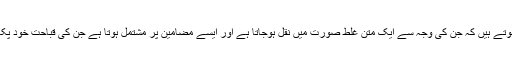
سند کے قوی اور قابل اعتماد ہونے کے باوجود بھی ایسے اسباب ہوتے ہیں کہ جن کی وجہ سے ایک متن غلط صورت میں نقل ہوجاتا ہے اور ایسے مضامین پر مشتمل ہوتا ہے جن کی قباحت خود پکار رہی ہوتی ہے کہ یہ باتیں نبیﷺ کی فرمائی ہوئی نہیں ہوسکتیں۔